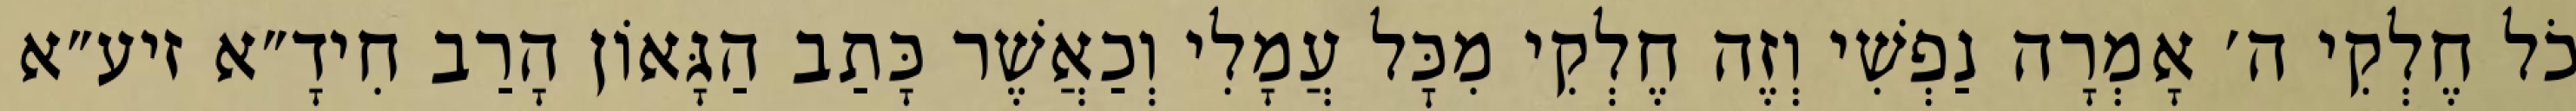
כֹל חֶלְקִי ה׳ אָמְרָה נַפְשִׁי וְזֶה חֶלְקִי מִכׇּל עֲמָלִי וְכַאֲשֶׁר כָּתַב הַגָּאוֹן הָרַב חִידָ״א זיע״א